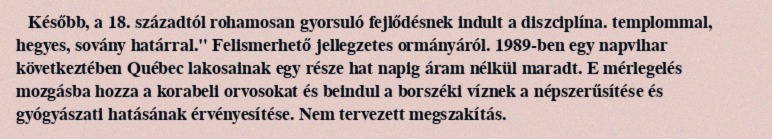
Később, a 18. századtól rohamosan gyorsuló fejlődésnek indult a diszciplína. templommal, hegyes, sovány határral." Felismerhető jellegzetes ormányáról. 1989-ben egy napvihar következtében Québec lakosainak egy része hat napig áram nélkül maradt. E mérlegelés mozgásba hozza a korabeli orvosokat és beindul a borszéki víznek a népszerűsítése és gyógyászati hatásának érvényesítése. Nem tervezett megszakítás.